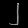
Digit: ၂